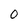
Character: 0